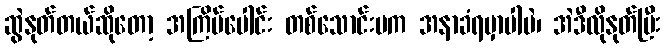
ဆွဲနုတ်တယ်ဆိုတော့ အကြိမ်ပေါင်း တစ်သောင်းမက အနာခံရမှာပါပဲ၊ အဲဒီလိုနုတ်ပြီး